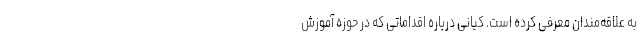
به علاقه‌مندان معرفی کرده است. کیانی درباره اقداماتی که در حوزه آموزش